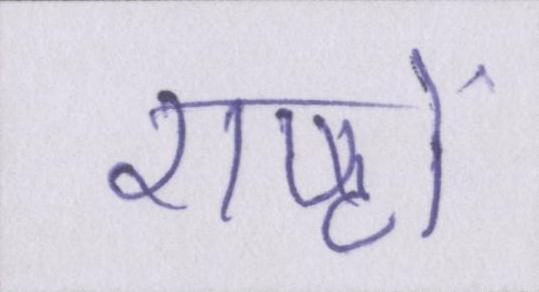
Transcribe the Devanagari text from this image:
राष्ट्रों